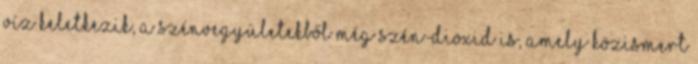
víz keletkezik, a szénvegyületekből még szén-dioxid is, amely közismert